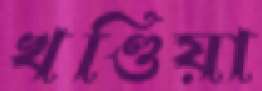
খণ্ডিয়া